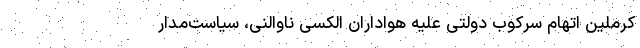
کرملین اتهام سرکوب دولتی علیه هواداران الکسی ناوالنی، سیاست‌مدار